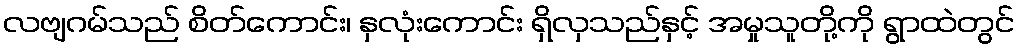
လဗျဂမ်သည် စိတ်ကောင်း၊ နှလုံးကောင်း ရှိလှသည်နှင့် အမှုသူတို့ကို ရွာထဲတွင်